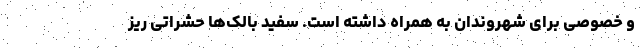
و خصوصی برای شهروندان به همراه داشته است. سفید بالک‌ها حشراتی ریز